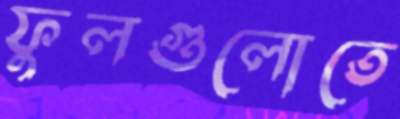
ফুলগুলোতে